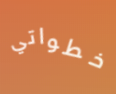
خطواتي